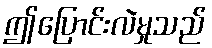
ဤပြောင်းလဲမှုသည်